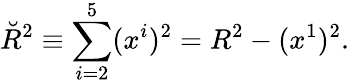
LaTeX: \breve{R}^{2}\equiv\sum_{i=2}^{5}(x^{i})^{2}=R^{2}-(x^{1})^{2}.